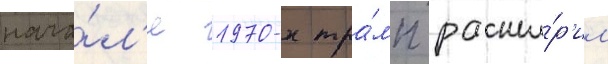
нача́л'е 1970-х тра́мп расши́р'ил